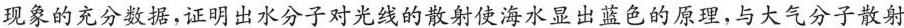
现象的充分数据，证明出水分子对光线的散射使海水显出蓝色的原理，与大气分子散射